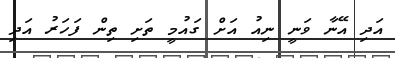
އަދި އޭނާ ވަނީ ނިއު އަށް ގައުމީ ތަށި ތިން ފަހަރު އަދި